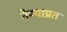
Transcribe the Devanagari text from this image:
नेण्याप्रत